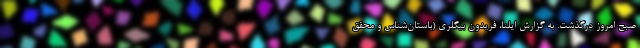
صبح امروز درگذشت. به گزارش ایلنا، فریدون بیگلری (باستان‌شناس و محقق